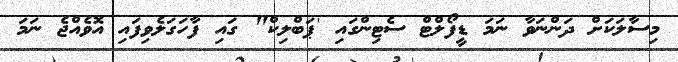
މިސާލަކަށް ދަންނަވާ ނަމަ ޑީފޯލްޓް ސެޓިންގައި 'ޕަބްލިކް" ގައި ފާހަގަލެވިފައި އޮވެއްޖެ ނަމަ